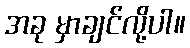
အခု မှာချင်လို့ပါ။